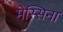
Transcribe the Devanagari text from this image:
मेस्सिना